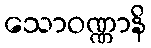
သောဝဏ္ဏာနိ